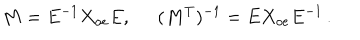
M = E ^ { - 1 } X _ { o e } E , \; \; ( M ^ { T } ) ^ { - 1 } = E X _ { o e } E ^ { - 1 } \, .